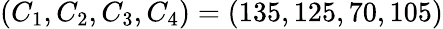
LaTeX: (C_{1},C_{2},C_{3},C_{4})=(135,125,70,105)